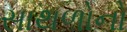
સાથળોનો